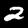
Label: 2